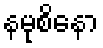
နမုစိနော